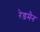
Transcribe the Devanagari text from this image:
रेडमैन